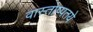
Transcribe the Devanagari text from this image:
वास्तोष्पतये